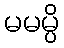
မမမ္ပိ